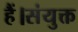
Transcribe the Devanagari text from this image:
हैं।संयुक्त